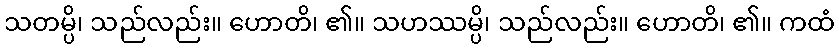
သတမ္ပိ၊ သည်လည်း။ ဟောတိ၊ ၏။ သဟဿမ္ပိ၊ သည်လည်း။ ဟောတိ၊ ၏။ ကထံ